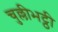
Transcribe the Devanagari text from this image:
चुल्लीभट्ठी